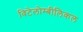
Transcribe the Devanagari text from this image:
विटेलोम्बीलिकल